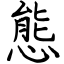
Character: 態